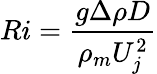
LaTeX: Ri=\frac{g\Delta\rho D}{\rho_{m}U_{j}^{2}}